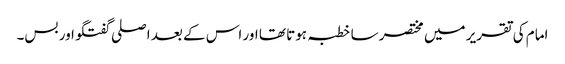
امام کی تقریر میں مختصر سا خطبہ ہوتا تھا اور اس کے بعد اصلی گفتگو اور بس۔